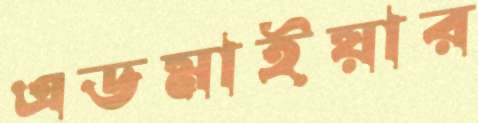
এডমাইয়ার